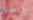
اتصلتي